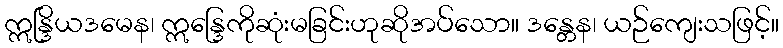
ဣန္ဒြိယဒမေန၊ ဣန္ဒြေကိုဆုံးမခြင်းဟုဆိုအပ်သော။ ဒန္တေန၊ ယဉ်ကျေးသဖြင့်။